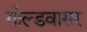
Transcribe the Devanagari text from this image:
गोल्डवासर